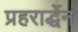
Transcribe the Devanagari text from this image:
प्रहरार्द्धेन